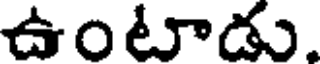
ఉంటాడు.